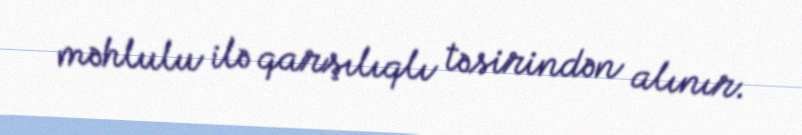
məhlulu ilə qarşılıqlı təsirindən alınır.